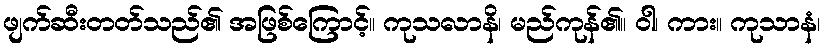
ဖျက်ဆီးတတ်သည်၏ အဖြစ်ကြောင့်။ ကုသလာနိ၊ မည်ကုန်၏။ ဝါ၊ ကား။ ကုသာနံ၊